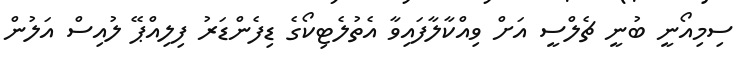
ސިމިއޯނީ ބުނީ ޗެލްސީ އަށް ވިއްކާލާފައިވާ އެތުލެޓިކޯގެ ޑިފެންޑަރު ފިލިއްޕޭ ލުއިސް އަލުން